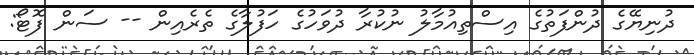
ދުނިޔޭގެ ދުންފަތުގެ އިސްތިއުމާލު ނުކުރާ ދުވަހުގެ ހަފުލާގެ ތެރެއިން -- ސަން ފޮޓޯ: